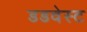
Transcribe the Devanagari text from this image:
डडवेस्ट